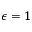
\epsilon = 1